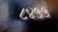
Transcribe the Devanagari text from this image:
८४५५